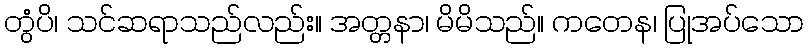
တွံပိ၊ သင်ဆရာသည်လည်း။ အတ္တနာ၊ မိမိသည်။ ကတေန၊ ပြုအပ်သော